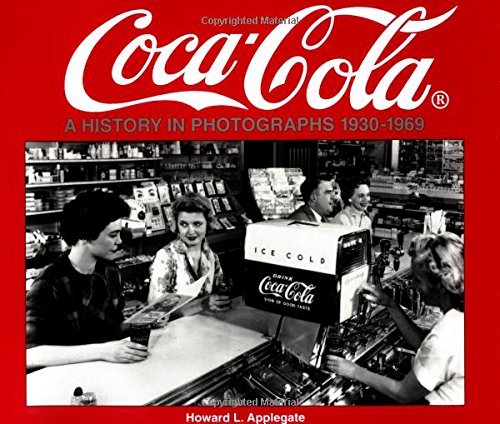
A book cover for Coca-Cola: A History in Photographs, 1930-1969 (Iconografix Photo Archive Series); Howard L. Applegate; Crafts, Hobbies & Home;